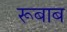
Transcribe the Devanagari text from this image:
रूबाब